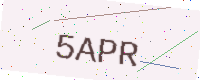
Text: 5APR